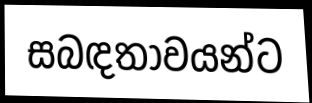
සබඳතාවයන්ට